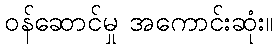
ဝန်ဆောင်မှု အကောင်းဆုံး။